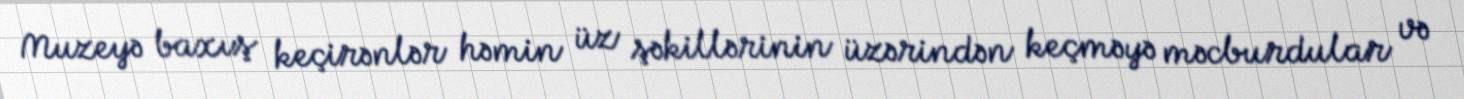
Muzeyə baxış keçirənlər həmin üz şəkillərinin üzərindən keçməyə məcburdular və